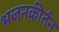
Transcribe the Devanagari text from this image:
भजनकीर्तन